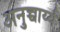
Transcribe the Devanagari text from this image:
अनुच्चार्य्य